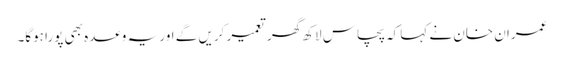
عمران خان نے کہا کہ پچاس لاکھ گھر تعمیر کریں گے اور یہ وعدہ بھی پورا ہوگا۔